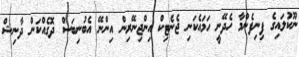
ނޫކުލައިގެ ފިނިފެންމާ ހެދޭނީ ހަމައެކަނި ޖެނެޓިކް އިންޖިނޭރިން އިންނޭ އެބުނިބަސް ދޮގެއްކަން ދާނިޝް